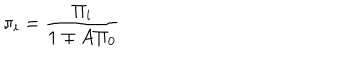
\pi _ { i } = \frac { \Pi _ { i } } { 1 \mp A \Pi _ { 0 } }